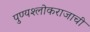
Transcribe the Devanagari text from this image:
पुण्यश्लोकराजाची